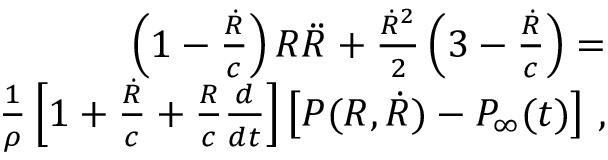
\begin{array} { r } { \left( 1 - \frac { \dot { R } } { c } \right) R \ddot { R } + \frac { \dot { R } ^ { 2 } } { 2 } \left( 3 - \frac { \dot { R } } { c } \right) = } \\ { \frac { 1 } { \rho } \left[ 1 + \frac { \dot { R } } { c } + \frac { R } { c } \frac { d } { d t } \right] \left[ P ( R , \dot { R } ) - P _ { \infty } ( t ) \right] \, , } \end{array}